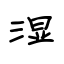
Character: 湿